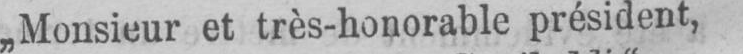
„Monsieur et très-honorable président,